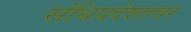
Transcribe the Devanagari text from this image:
संधिप्रदेशावर